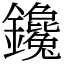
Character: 鑱